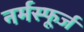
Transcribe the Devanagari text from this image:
नर्मस्फूर्ज